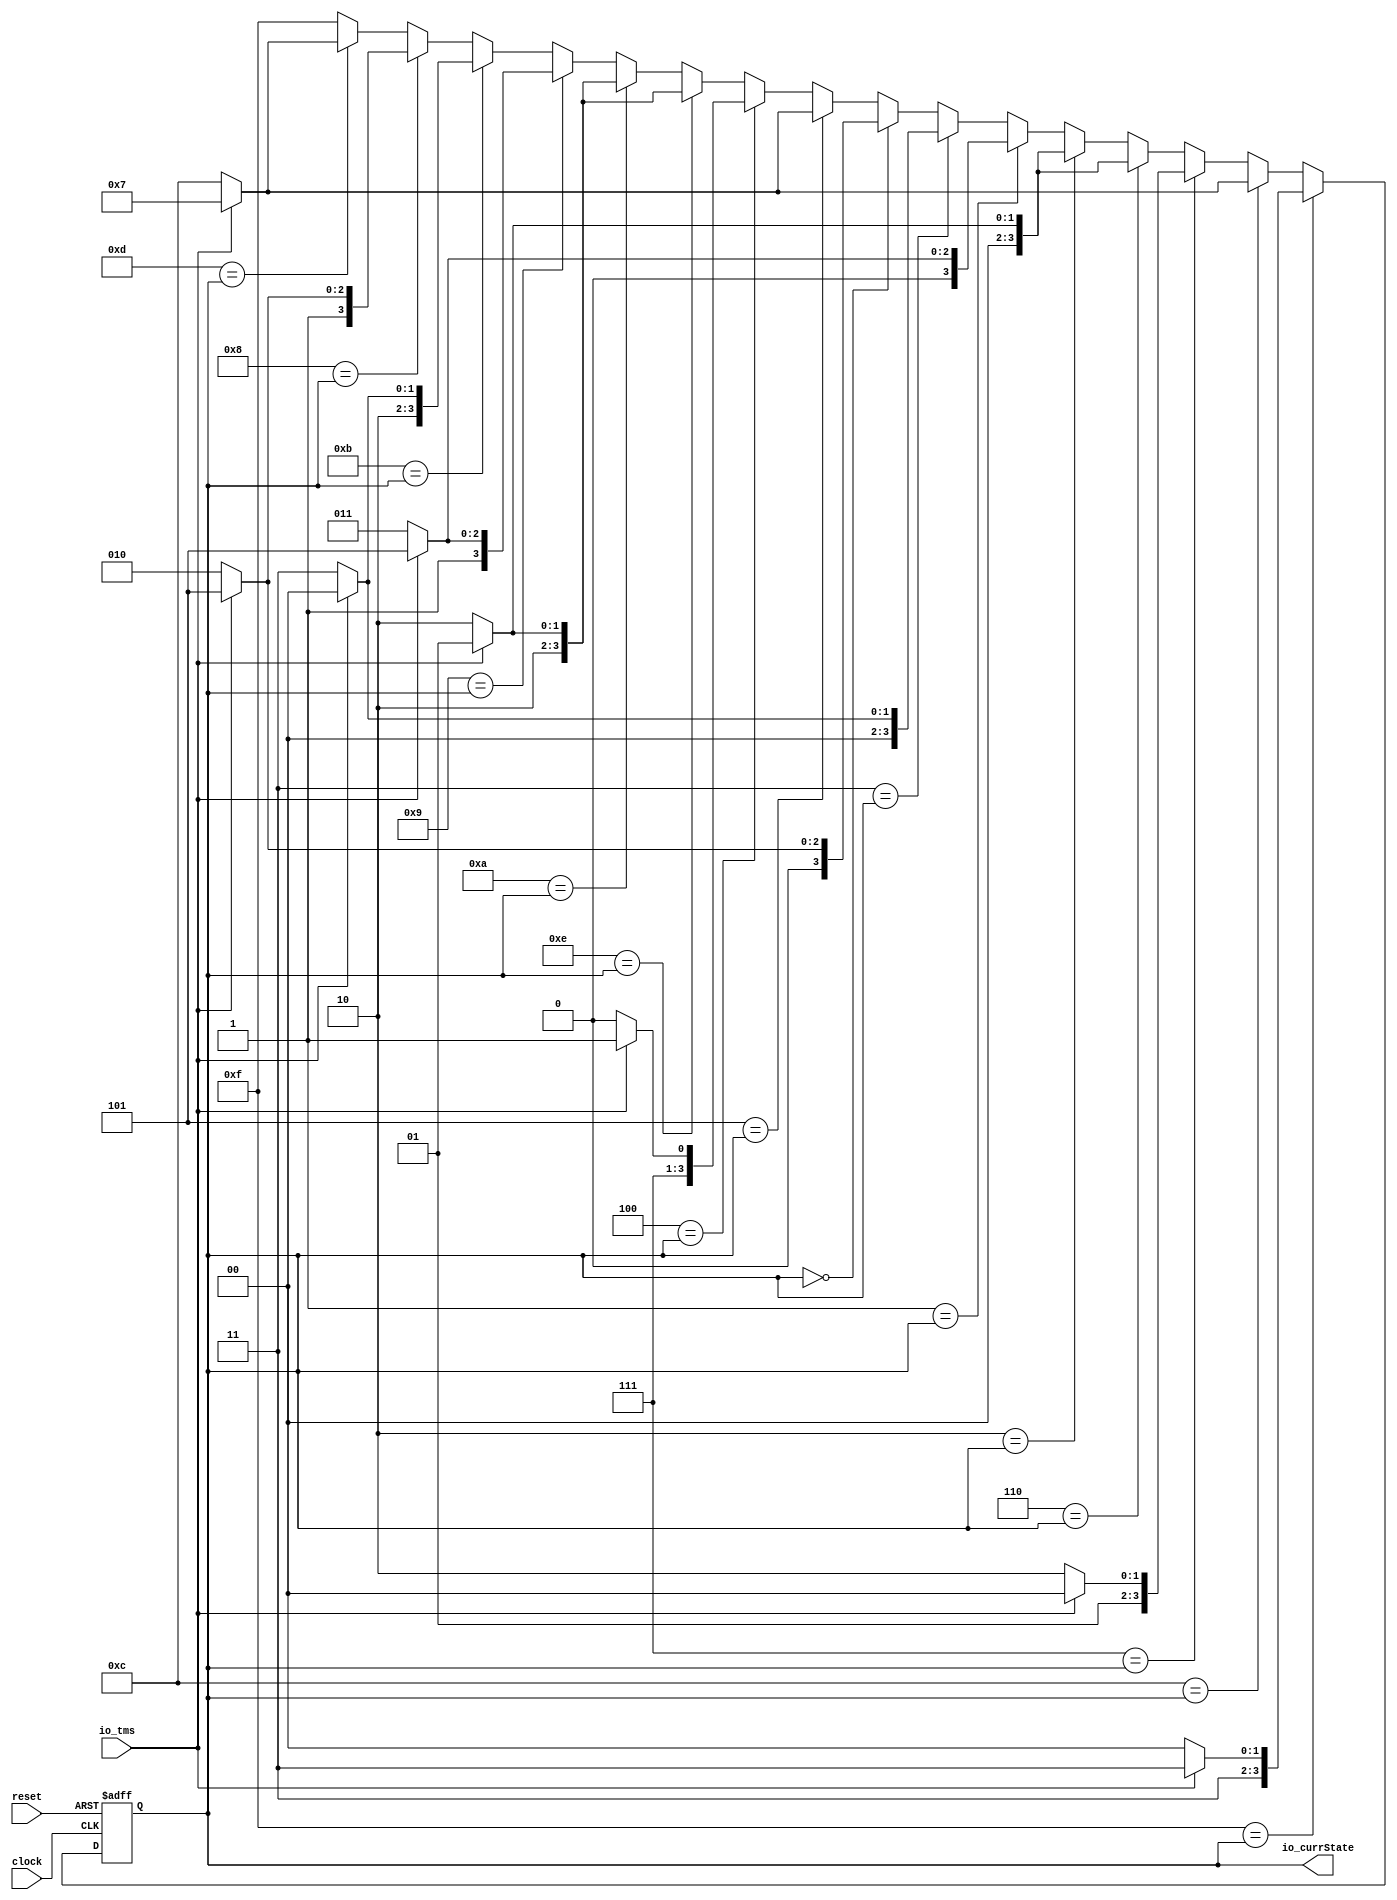
module JtagStateMachine(
  input        clock,
  input        reset,
  input        io_tms,
  output [3:0] io_currState
);
`ifdef RANDOMIZE_REG_INIT
  reg [31:0] _RAND_0;
`endif // RANDOMIZE_REG_INIT
  reg [3:0] currState; // @[JtagStateMachine.scala 78:26]
  wire [3:0] _nextState_T_1 = io_tms ? 4'h7 : 4'hc; // @[JtagStateMachine.scala 85:23]
  wire [3:0] _nextState_T_3 = io_tms ? 4'h1 : 4'h2; // @[JtagStateMachine.scala 91:23]
  wire [3:0] _nextState_T_5 = io_tms ? 4'h5 : 4'h3; // @[JtagStateMachine.scala 97:23]
  wire [3:0] _nextState_T_6 = io_tms ? 4'h0 : 4'h3; // @[JtagStateMachine.scala 100:23]
  wire [3:0] _nextState_T_7 = io_tms ? 4'h5 : 4'h2; // @[JtagStateMachine.scala 103:23]
  wire [3:0] _nextState_T_9 = io_tms ? 4'hf : 4'he; // @[JtagStateMachine.scala 109:23]
  wire [3:0] _nextState_T_10 = io_tms ? 4'h9 : 4'ha; // @[JtagStateMachine.scala 112:23]
  wire [3:0] _nextState_T_12 = io_tms ? 4'hd : 4'hb; // @[JtagStateMachine.scala 118:23]
  wire [3:0] _nextState_T_13 = io_tms ? 4'h8 : 4'hb; // @[JtagStateMachine.scala 121:23]
  wire [3:0] _nextState_T_14 = io_tms ? 4'hd : 4'ha; // @[JtagStateMachine.scala 124:23]
  wire [3:0] _GEN_0 = 4'hd == currState ? _nextState_T_1 : 4'hf; // @[JtagStateMachine.scala 127:17 80:22]
  wire [3:0] _GEN_1 = 4'h8 == currState ? _nextState_T_14 : _GEN_0; // @[JtagStateMachine.scala 124:17 80:22]
  wire [3:0] _GEN_2 = 4'hb == currState ? _nextState_T_13 : _GEN_1; // @[JtagStateMachine.scala 121:17 80:22]
  wire [3:0] _GEN_3 = 4'h9 == currState ? _nextState_T_12 : _GEN_2; // @[JtagStateMachine.scala 118:17 80:22]
  wire [3:0] _GEN_4 = 4'ha == currState ? _nextState_T_10 : _GEN_3; // @[JtagStateMachine.scala 115:17 80:22]
  wire [3:0] _GEN_5 = 4'he == currState ? _nextState_T_10 : _GEN_4; // @[JtagStateMachine.scala 112:17 80:22]
  wire [3:0] _GEN_6 = 4'h4 == currState ? _nextState_T_9 : _GEN_5; // @[JtagStateMachine.scala 109:17 80:22]
  wire [3:0] _GEN_7 = 4'h5 == currState ? _nextState_T_1 : _GEN_6; // @[JtagStateMachine.scala 106:17 80:22]
  wire [3:0] _GEN_8 = 4'h0 == currState ? _nextState_T_7 : _GEN_7; // @[JtagStateMachine.scala 103:17 80:22]
  wire [3:0] _GEN_9 = 4'h3 == currState ? _nextState_T_6 : _GEN_8; // @[JtagStateMachine.scala 100:17 80:22]
  wire [3:0] _GEN_10 = 4'h1 == currState ? _nextState_T_5 : _GEN_9; // @[JtagStateMachine.scala 80:22 97:17]
  wire [3:0] _GEN_11 = 4'h2 == currState ? _nextState_T_3 : _GEN_10; // @[JtagStateMachine.scala 80:22 94:17]
  assign io_currState = currState; // @[JtagStateMachine.scala 131:16]
  always @(posedge clock or posedge reset) begin
    if (reset) begin // @[JtagStateMachine.scala 80:22]
      currState <= 4'hf; // @[JtagStateMachine.scala 82:23]
    end else if (4'hf == currState) begin // @[JtagStateMachine.scala 80:22]
      if (io_tms) begin // @[JtagStateMachine.scala 85:23]
        currState <= 4'hf;
      end else begin
        currState <= 4'hc;
      end
    end else if (4'hc == currState) begin // @[JtagStateMachine.scala 80:22]
      if (io_tms) begin // @[JtagStateMachine.scala 88:23]
        currState <= 4'h7;
      end else begin
        currState <= 4'hc;
      end
    end else if (4'h7 == currState) begin // @[JtagStateMachine.scala 80:22]
      if (io_tms) begin // @[JtagStateMachine.scala 91:17]
        currState <= 4'h4;
      end else begin
        currState <= 4'h6;
      end
    end else if (4'h6 == currState) begin
      currState <= _nextState_T_3;
    end else begin
      currState <= _GEN_11;
    end
  end
// Register and memory initialization
`ifdef RANDOMIZE_GARBAGE_ASSIGN
`define RANDOMIZE
`endif
`ifdef RANDOMIZE_INVALID_ASSIGN
`define RANDOMIZE
`endif
`ifdef RANDOMIZE_REG_INIT
`define RANDOMIZE
`endif
`ifdef RANDOMIZE_MEM_INIT
`define RANDOMIZE
`endif
`ifndef RANDOM
`define RANDOM $random
`endif
`ifdef RANDOMIZE_MEM_INIT
  integer initvar;
`endif
`ifndef SYNTHESIS
`ifdef FIRRTL_BEFORE_INITIAL
`FIRRTL_BEFORE_INITIAL
`endif
initial begin
  `ifdef RANDOMIZE
    `ifdef INIT_RANDOM
      `INIT_RANDOM
    `endif
    `ifndef VERILATOR
      `ifdef RANDOMIZE_DELAY
        #`RANDOMIZE_DELAY begin end
      `else
        #0.002 begin end
      `endif
    `endif
`ifdef RANDOMIZE_REG_INIT
  _RAND_0 = {1{`RANDOM}};
  currState = _RAND_0[3:0];
`endif // RANDOMIZE_REG_INIT
  if (reset) begin
    currState = 4'hf;
  end
  `endif // RANDOMIZE
end // initial
`ifdef FIRRTL_AFTER_INITIAL
`FIRRTL_AFTER_INITIAL
`endif
`endif // SYNTHESIS
endmodule